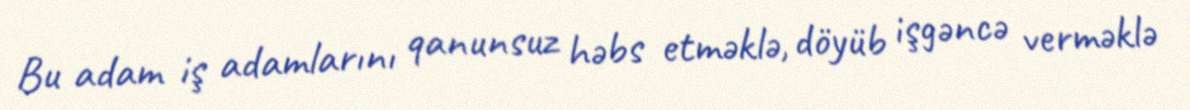
Bu adam iş adamlarını qanunsuz həbs etməklə, döyüb işgəncə verməklə